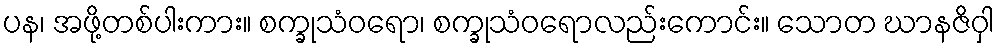
ပန၊ အဖို့တစ်ပါးကား။ စက္ခုသံဝရော၊ စက္ခုသံဝရောလည်းကောင်း။ သောတ ဃာနဇိဝှါ